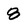
Character: 8